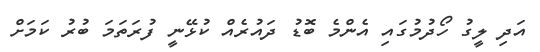
އަދި ލީގު ހޯދުމުގައި އެންމެ ބޮޑު ދައުރެއް ކުޅޭނީ ފުރަތަމަ ބުރު ކަމަށް